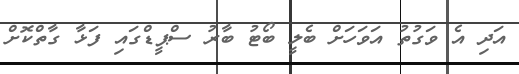
އަދި އެ ވަގުތު އަވަހަށް ބެލީ ބޯޓު ބާރު ސްޕީޑްގައި ފަޅާ ގާތްކޮށް